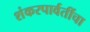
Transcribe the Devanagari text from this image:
शंकरपार्वतींचा